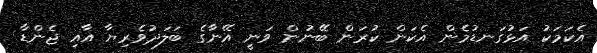
އެކަމަކު އަޅުގަނޑުމެން އެކަން ކުރަން ބޭނުން ވަނީ އޭނާގެ ބަލަދުވެރިޔާ އާއި ޖެންޑާ